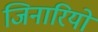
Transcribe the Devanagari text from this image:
जिनारियो